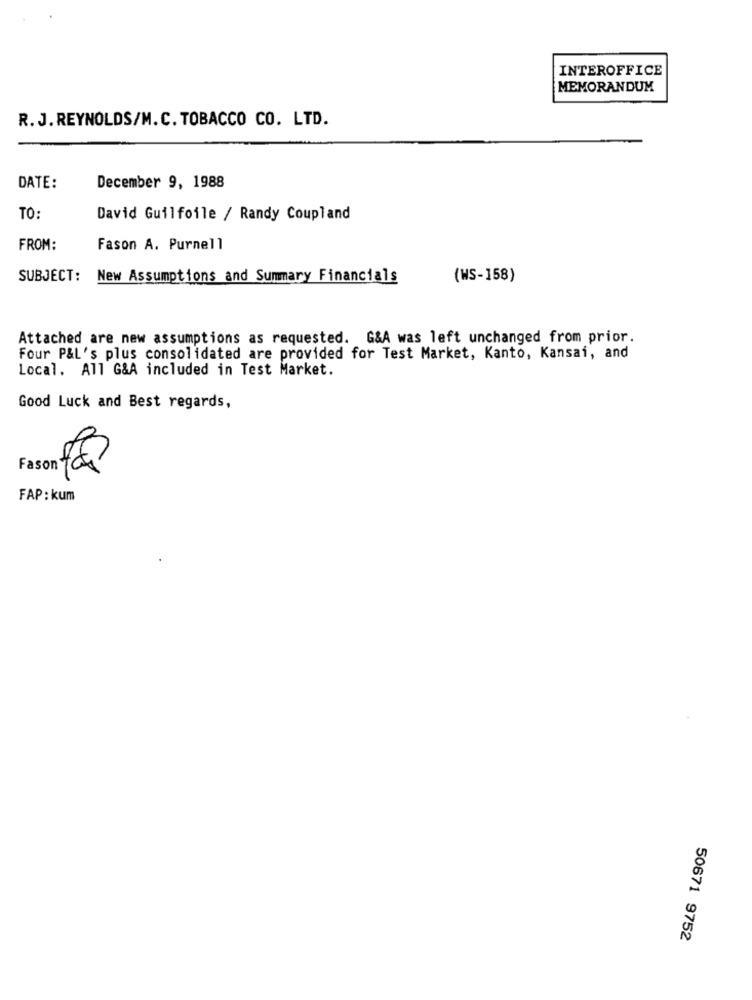
INTEROFFICE
MEMORANDUM
R. J. REYNOLDS/M. C. TOBACCO CO. LTD.
DATE:
December 9, 1988
TO:
David Guilfoile / Randy Coupland
FROM:
Fason A. Purnell
SUBJECT: New Assumptions and Summary Financials
(WS-158)
Attached are new assumptions as requested. G&A was left unchanged from prior.
Four P&L's plus consolidated are provided for Test Market, Kanto, Kansai, and
Local. All G&A included in Test Market.
Good Luck and Best regards,
FAP: kum
50671 9752